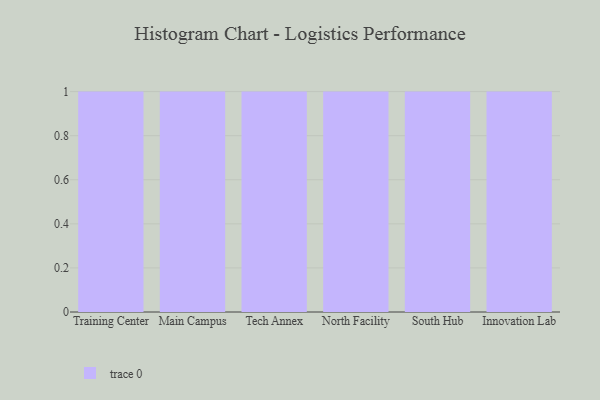
{"axis": {"x": "Campus", "y": "Website Visitors"}, "legend": [""], "data": [{"x": "Training Center", "y": 39, "type": ""}, {"x": "Main Campus", "y": 12, "type": ""}, {"x": "Tech Annex", "y": 25, "type": ""}, {"x": "North Facility", "y": 16, "type": ""}, {"x": "South Hub", "y": 37, "type": ""}, {"x": "Innovation Lab", "y": 53, "type": ""}]}